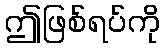
ဤဖြစ်ရပ်ကို